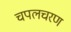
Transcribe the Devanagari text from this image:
चपलचरण